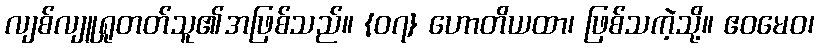
လျစ်လျူရှုတတ်သူ၏အဖြစ်သည်။ {၀၇} ဟောတိယထာ၊ ဖြစ်သကဲ့သို့။ ဧဝမေဝ၊